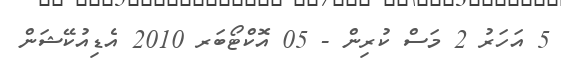
5 އަހަރު 2 މަސް ކުރިން - 05 އޮކްޓޯބަރ 2010 އެޑިއުކޭޝަން